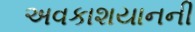
અવકાશયાનની